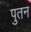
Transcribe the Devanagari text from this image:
पुतन